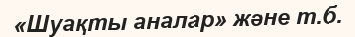
«Шуақты аналар» және т.б.